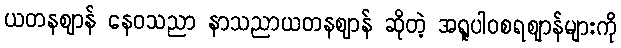
ယတနဈာန် နေဝသညာ နာသညာယတနဈာန် ဆိုတဲ့ အရူပါဝစရဈာန်များကို